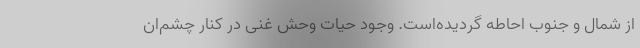
از شمال و جنوب احاطه گردیده‌است. وجود حیات وحش غنی در کنار چشم‌ان